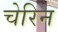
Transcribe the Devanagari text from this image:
चेरिन